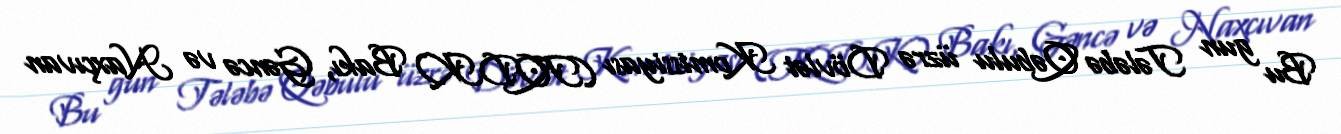
Bu gun Tələbə Qəbulu üzrə Dövlət Komissiyası (TQDK) Bakı, Gəncə və Naxçıvan